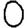
Digit: 0